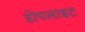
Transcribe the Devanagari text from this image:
होपलाइट